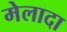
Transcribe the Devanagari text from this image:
मेलादा